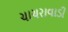
ચાચરાવાડી